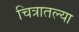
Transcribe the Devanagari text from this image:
चित्रातल्या